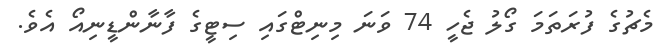
މެޗުގެ ފުރަތަމަ ގޯލު ޖެހީ 74 ވަނަ މިނިޓްގައި ސިޓީގެ ފާނާންޑީނިއޯ އެވެ.